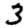
Digit: 3